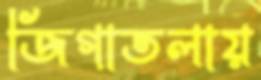
জিগাতলায়